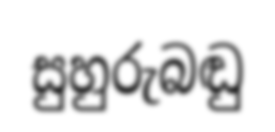
සුහුරුබඬු